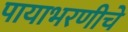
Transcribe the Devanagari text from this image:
पायाभरणीचे